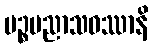
ပဉ္စပညာသဝဿာနိ